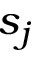
s _ { j }